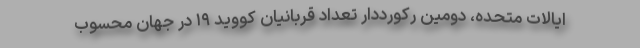
ایالات متحده، دومین رکورددار تعداد قربانیان کووید ۱۹ در جهان محسوب